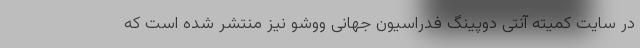
در سایت کمیته آنتی دوپینگ فدراسیون جهانی ووشو نیز منتشر شده است که